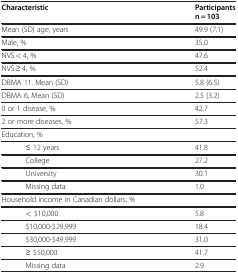
<table><thead><tr><td><b>Characteristic</b></td><td><b>Participants n = 103</b></td></tr></thead><tbody><tr><td>Mean (SD) age, years</td><td>49.9 (7.1)</td></tr><tr><td>Male, %</td><td>35.0</td></tr><tr><td>NVS &lt; 4, %</td><td>47.6</td></tr><tr><td>NVS ≥ 4, %</td><td>52.4</td></tr><tr><td>DBMA 11. Mean (SD)</td><td>5.8 (6.5)</td></tr><tr><td>DBMA 6, Mean (SD)</td><td>2.5 (3.2)</td></tr><tr><td>0 or 1 disease, %</td><td>42.7</td></tr><tr><td>2 or more diseases, %</td><td>57.3</td></tr><tr><td>Education, %</td><td> </td></tr><tr><td>≤ 12 years</td><td>41.8</td></tr><tr><td>College</td><td>27.2</td></tr><tr><td>University</td><td>30.1</td></tr><tr><td>Missing data</td><td>1.0</td></tr><tr><td>Household income in Canadian dollars, %</td><td> </td></tr><tr><td>&lt; $10,000</td><td>5.8</td></tr><tr><td>$10,000-$29,999</td><td>18.4</td></tr><tr><td>$30,000-$49,999</td><td>31.0</td></tr><tr><td>≥ $50,000</td><td>41.7</td></tr><tr><td>Missing data</td><td>2.9</td></tr></tbody></table>